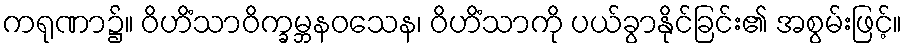
ကရုဏာ၌။ ဝိဟိံသာဝိက္ခမ္ဘနဝသေန၊ ဝိဟိံသာကို ပယ်ခွာနိုင်ခြင်း၏ အစွမ်းဖြင့်။